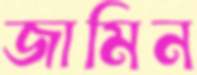
জামিন